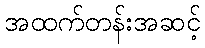
အထက်တန်းအဆင့်